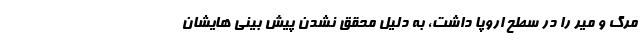
مرگ و میر را در سطح اروپا داشت، به دلیل محقق نشدن پیش بینی هایشان